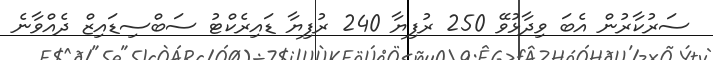
ސަރުކާރުން އެބަ ވިދާޅުވޭ 250 ރުފިޔާ 240 ރުފިޔާ ޑައިރެކްޓު ސަބްސިޑައިޒް ދެއްވާނެ